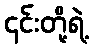
၎င်းတို့ရဲ့